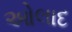
ઓલાદ